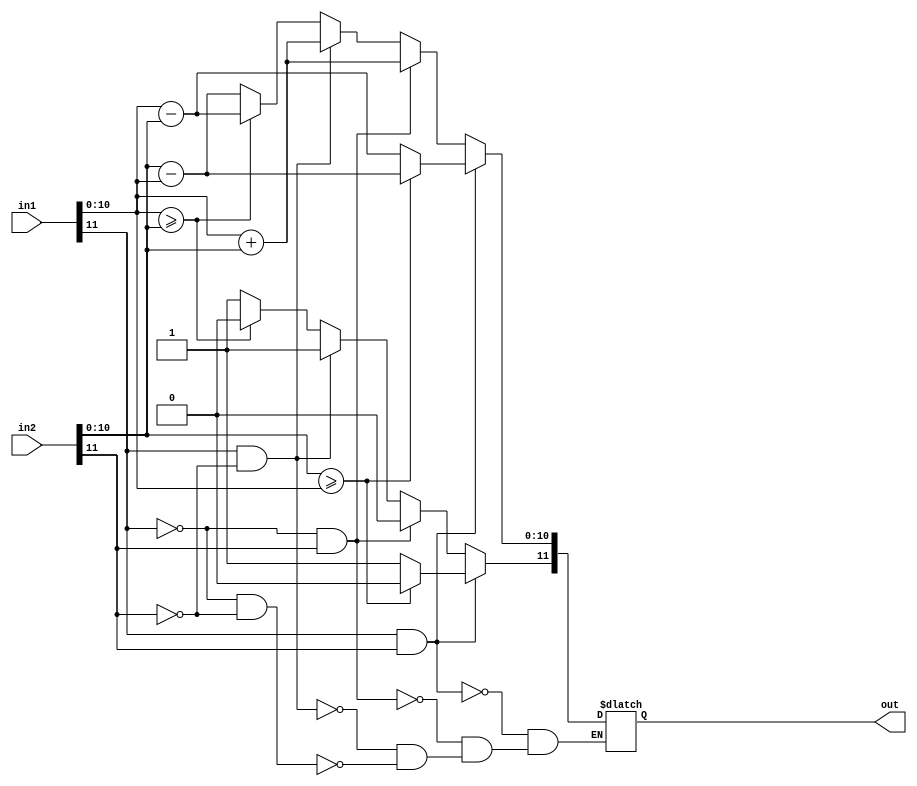
`timescale 1ns/1ps 
module Subtractor(in1,in2,out);
  input wire [11:0] in1;
  input wire [11:0] in2;
  output reg [11:0] out;
  
  
  reg [10:0] n1;
  reg [10:0] n2;

  
always@(*)
begin
  n1[10:0] <= in1[10:0];
  n2[10:0] <= in2[10:0];
  
  if (in1[11]==1'b1 && in2[11]==1'b1) begin
    if (n2>=n1) begin
    out[10:0] <= n2 -n1;
    out[11] <= 1'b0;
  end else begin
    out[10:0] <= n1 -n2;
    out[11] <= 1'b1;
    end
    end else if (in1[11]==1'b0 && in2[11]==1'b1) begin
    out[10:0] <= n1+n2;
    out[11] <= 1'b0;
  end else if (in1[11]==1'b1 && in2[11]==1'b0) begin
    out[10:0] <= n1+n2;
    out[11] <= 1'b1;
  end else if (in1[11]==1'b0 && in2[11]==1'b0) begin
    if (n1>=n2) begin
    out[10:0] <= n1-n2;
    out[11] <= 1'b0;
  end else begin
     out[10:0] <= n2 -n1;
    out[11] <= 1'b1;
  end
end 
end
endmodule